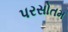
પરસોતમ